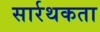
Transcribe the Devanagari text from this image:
सार्रथकता